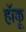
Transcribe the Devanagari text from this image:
हॉकू